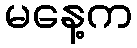
မနေ့က